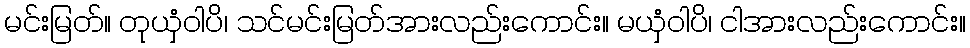
မင်းမြတ်။ တုယှံဝါပိ၊ သင်မင်းမြတ်အားလည်းကောင်း။ မယှံဝါပိ၊ ငါအားလည်းကောင်း။